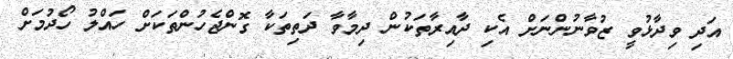
އަދި ވިދާޅުވީ ޒުވާނުންނަށް އެކި ދާއިރާތަކުން ދިމާވާ ދަތިތަކާ ގޮންޖެހުންތަކަށް ހައްލު ހޯދުމަށް